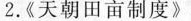
2.《天朝田亩制度》